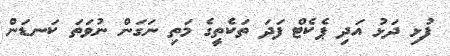
ފުޅި ދަޅު އަދި ޕެކެޓް ފަދަ ތަކެތީގެ މަތި ނަގަން ނުވަތަ ކަނޑަން